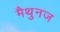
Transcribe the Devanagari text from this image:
मैथुनज